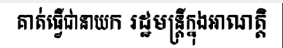
គាត់ធ្វើជានាយក រដ្ឋមន្ត្រីក្នុងអាណត្តិ